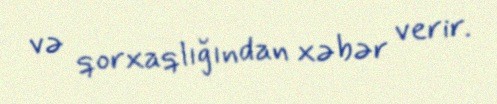
və qorxaqlığından xəbər verir.